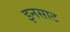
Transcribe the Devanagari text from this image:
इनसाट